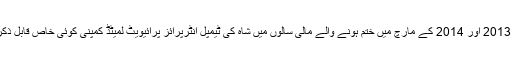
کمپنی کے بیلینس شیٹوں اور آر او سی سے حاصل کی گئی سالانہ رپورٹوں سے یہ بات اجاگر ہوتی ہے کہ 2013 اور 2014 کے مارچ میں ختم ہونے والے مالی سالوں میں شاہ کی ٹیمپل انٹرپرائز پرائیویٹ لمیٹڈ کمپنی کوئی خاص قابل ذکر کاروبار نہیں کر رہی تھی اور ان سالوں میں کمپنی کو حسب ترتیب 6230اور1724روپے کا نقصان ہوا۔